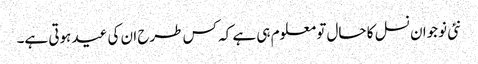
نئی نوجوان نسل کا حال تو معلوم ہی ہے کہ کس طرح ان کی عید ہوتی ہے۔